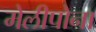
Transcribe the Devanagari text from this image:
मेलीपोना